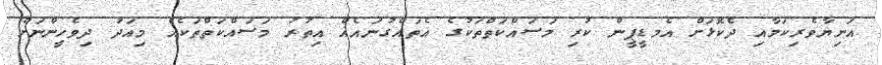
އަނިޔާވެރިކަމާއި ދެކޮޅަށް އެމޑީޕީން ކުރި މަސައްކަތްތަކުގެ އެތައްގުނައެއް އިތުރު މަސައްކަތްތަކެއް މިއަދު ދިވެހީންނަށް